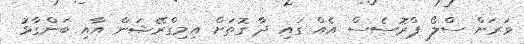
ވަރަށް ސްލޯ ޕްރޮސެސް އެއް ގައި ދާ ގޮތަށް އިމިގްރޭޝަން އާއި ބަންގާޅު